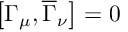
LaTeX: \left[ \Gamma _ { \mu } , \overline { { { \Gamma } } } _ { \nu } \right] = 0